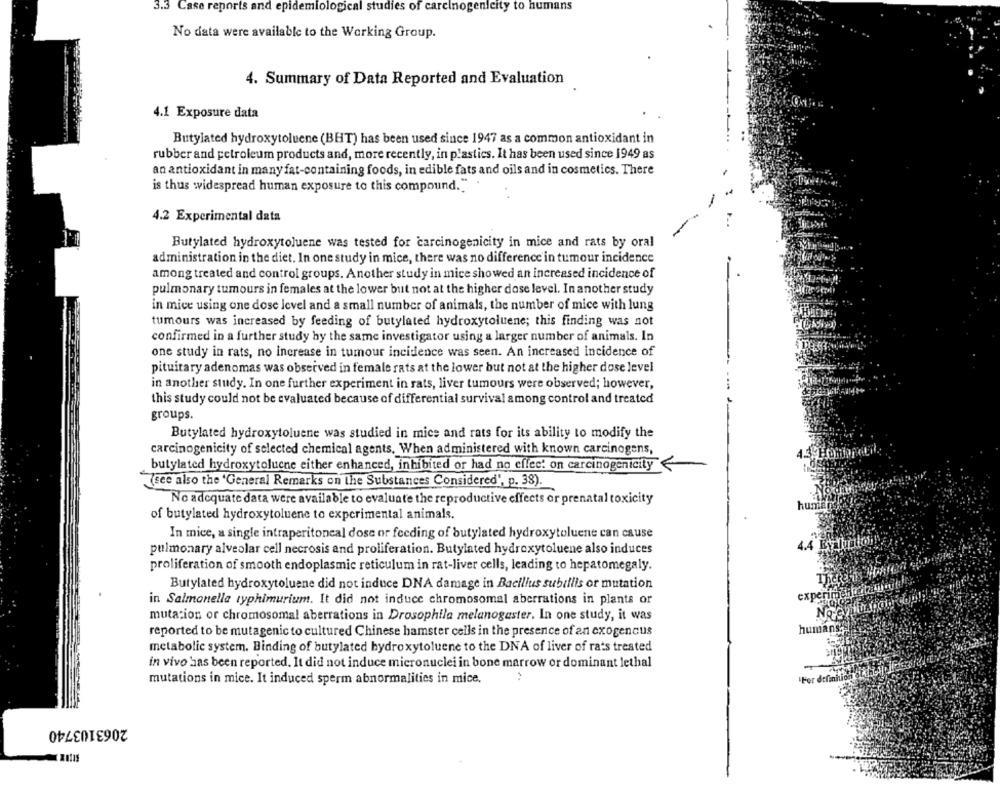
3.3 Case reports and epidemiological studies of carcinogenicity to humans
No data were available to the Working Group.
4. Summary of Data Reported and Evaluation
4.1 Exposure data
Butylated hydroxytoluene (BHT) has been used since 1947 as a common antioxidant in
rubber and petroleum products and, more recently, in plastics. It has been used since 1949 as
an antioxidant in many fat-containing foods, in edible fats and oils and in cosmetics. There
is thus widespread human exposure to this compound.""
4.2 Experimental data
Butylated hydroxytoluene was tested for carcinogenicity in mice and rats by oral
administration in the diet. In one study in mice, there was no difference in tumour incidence
among treated and control groups. Another study in mice showed an increased incidence of
pulmonary tumours in females at the lower but not at the higher dose level. In another study
in mice using one dose level and a small number of animals, the number of mice with lung
tumours was increased by feeding of butylated hydroxytoluene; this finding was not
confirmed in a further study by the same investigator using a larger number of animals. In
one study in rats, no increase in tumour incidence was seen. An increased incidence of
pituitary adenomas was observed in female rats at the lower but not at the higher dose level
in another study. In one further experiment in rats, liver tumours were observed; however,
this study could not be evaluated because of differential survival among control and treated
groups.
Butylated hydroxytoluene was studied in mice and rats for its ability to modify the
carcinogenicity of selected chemical agents. When administered with known carcinogens,
butylated hydroxytoluene either enhanced, inhibited or had no effect on carcinogenicity<
(see also the 'General Remarks on the Substances Considered', p. 38).
No adequate data were available to evaluate the reproductive effects or prenatal toxicity
hum
of butylated hydroxytoluene to experimental animals.
In mice, a single intraperitoneal dose or feeding of butylated hydroxytoluene can cause
4.4 Evaluation
pulmonary alveolar cell necrosis and proliferation. Butylated hydroxytoluene also induces
proliferation of smooth endoplasmic reticulum in rat-liver cells, leading to hepatomegaly.
Butylated hydroxytoluene did not induce DNA damage in Bacillus subtilis or mutation
in Salmonella typhimurium. It did not induce chromosomal aberrations in plants or
mutation or chromosomal aberrations in Drosophila melanogaster. In one study, it was
reported to be mutagenic to cultured Chinese hamster cells in the presence of an exogencus
metabolic system. Binding of butylated hydroxytoluene to the DNA of liver of rats treated
in vivo has been reported. It did not induce micronuclei in bone marrow or dominant lethal
mutations in mice. It induced sperm abnormalities in mice.
2063103740